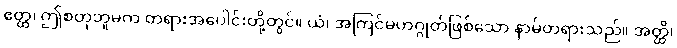
ဧတ္ထ၊ ဤစတုဘူမက တရားအပေါင်းတို့တွင်။ ယံ၊ အကြင်မဟဂ္ဂုတ်ဖြစ်သော နာမ်တရားသည်။ အတ္ထိ၊